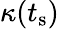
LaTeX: \kappa(t_{\textrm{s}})